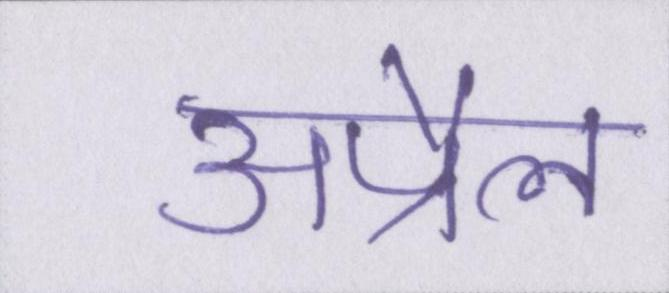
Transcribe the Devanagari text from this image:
अप्रैल